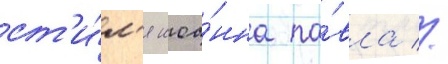
ст'и́л'я иоа́нна па́вла //